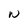
Character: W